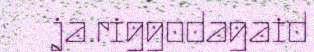
ja riggodagaid